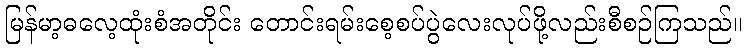
မြန်မာ့ဓလေ့ထုံးစံအတိုင်း တောင်းရမ်းစေ့စပ်ပွဲလေးလုပ်ဖို့လည်းစီစဉ်ကြသည်။